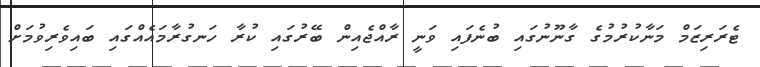
ޓެރަރިޒަމް މަނާކުރުމުގެ ގާނޫނުގައި ބުނެފައި ވަނީ ރާއްޖެއިން ބޭރުގައި ކުރާ ހަނގުރާމައެއްގައި ބައިވެރިވުމަށް